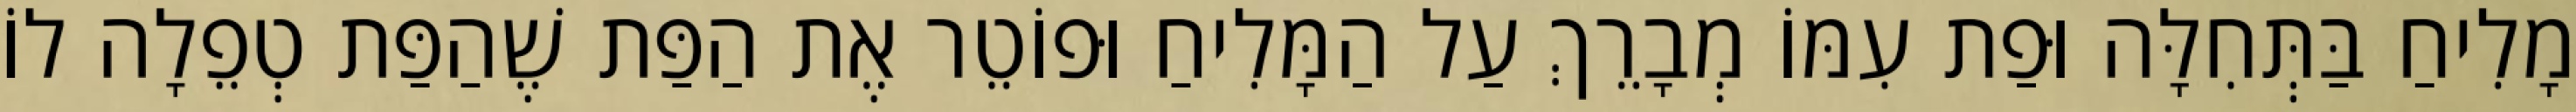
מָלִיחַ בַּתְּחִלָּה וּפַת עִמּוֹ מְבָרֵךְ עַל הַמָּלִיחַ וּפוֹטֵר אֶת הַפַּת שֶׁהַפַּת טְפֵלָה לוֹ